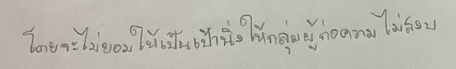
โดยจะไม่ยอมให้เป็นเป้านิ่งให้กลุ่มผู้ก่อความไม่สงบ